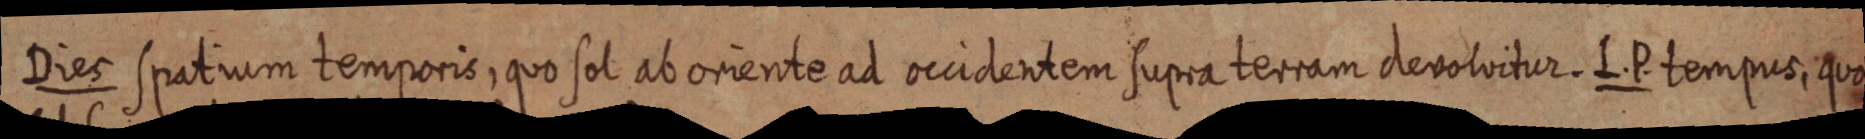
Dies spatium temporis, quo sol ab oriente ad occidentem supra terram devolvitur. L. P. tempus, quo